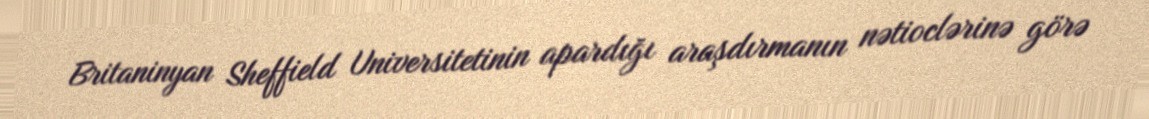
Britaninyan Sheffield Universitetinin apardığı araşdırmanın nətioclərinə görə